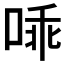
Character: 𱓅